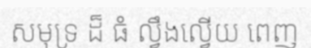
សមុទ្រ ដ៏ ធំ ល្វឹងល្វើយ ពេញ